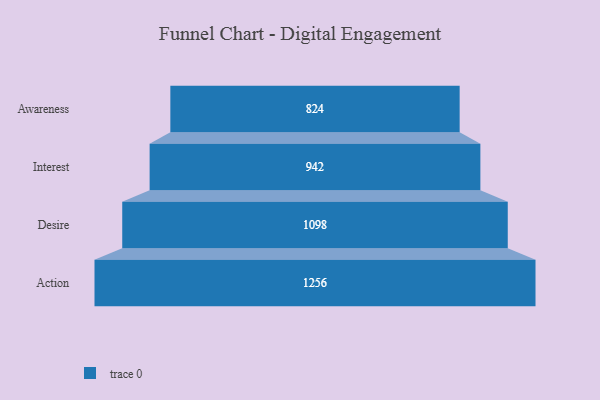
{"axis": {"x": "Stage", "y": "Value"}, "legend": [""], "data": [{"x": "Awareness", "y": 824.0, "type": ""}, {"x": "Interest", "y": 942.0, "type": ""}, {"x": "Desire", "y": 1098.0, "type": ""}, {"x": "Action", "y": 1256.0, "type": ""}]}